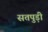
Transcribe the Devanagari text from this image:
सतपुड़ी